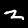
Digit: 2